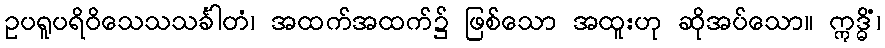
ဥပရူပရိဝိသေသသင်္ခါတံ၊ အထက်အထက်၌ ဖြစ်သော အထူးဟု ဆိုအပ်သော။ ဣဒ္ဓိံ၊